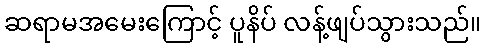
ဆရာမအမေးကြောင့် ပူနိပ် လန့်ဖျပ်သွားသည်။